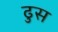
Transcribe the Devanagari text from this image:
ढुस